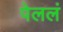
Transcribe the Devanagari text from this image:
पेललं